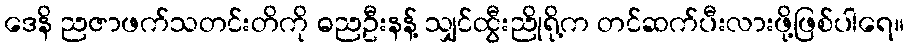
ဒေနိ ညဇာဖက်သတင်းတိကို ဓညဦးနန့် သျှင်ထွီးညိုရို့က တင်ဆက်ပီးလားဖို့ဖြစ်ပါရေ။